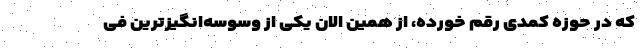
که در حوزه کمدی رقم خورده، از همین الان یکی از وسوسه‌انگیزترین فی